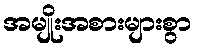
အမျိုးအစားများစွာ